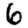
Digit: 6